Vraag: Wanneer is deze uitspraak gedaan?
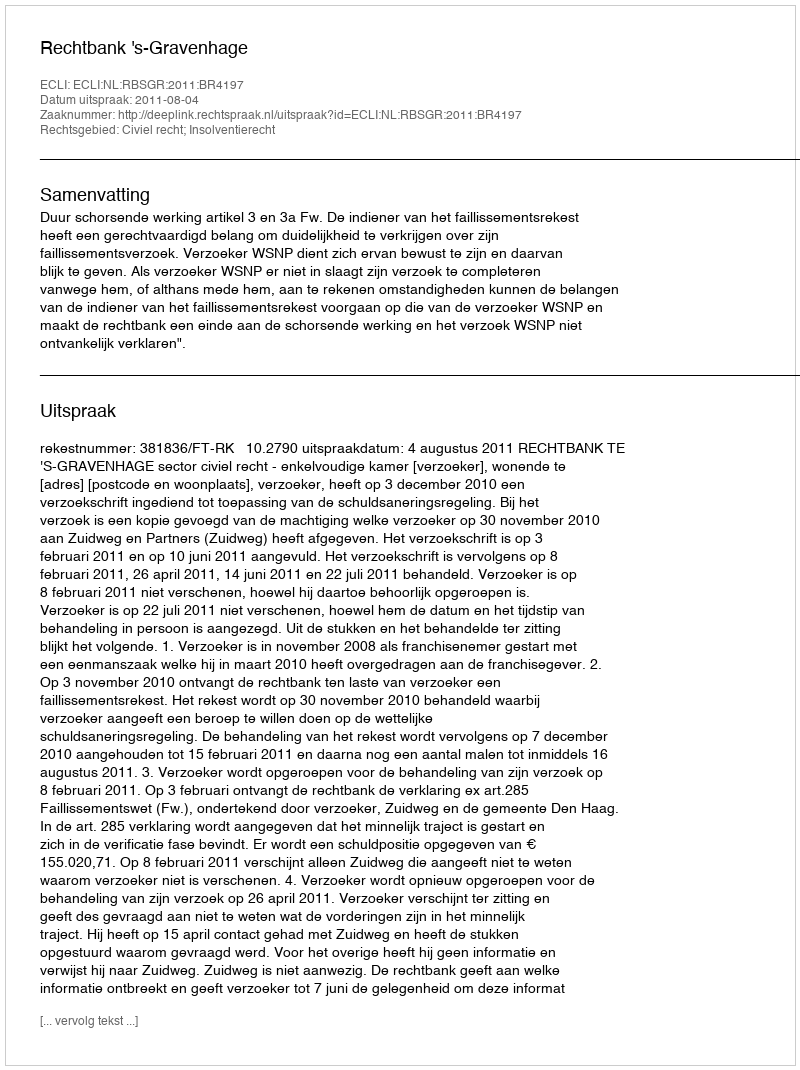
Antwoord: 2011-08-04